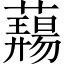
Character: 𬟎